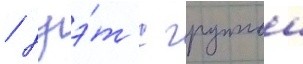
/ дуэ́т с группои